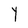
Character: Y